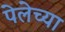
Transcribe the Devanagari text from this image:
पेलेच्या